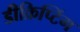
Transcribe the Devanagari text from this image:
डीक्रिप्टिंग